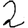
Digit: 2